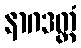
နာဂဒတ္တံ